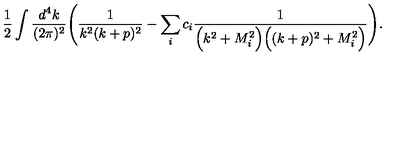
\frac { 1 } { 2 } \int \frac { d ^ { 4 } k } { ( 2 \pi ) ^ { 2 } } \Bigg ( \frac { 1 } { k ^ { 2 } ( k + p ) ^ { 2 } } - \sum _ { i } c _ { i } \frac { 1 } { \Big ( k ^ { 2 } + M _ { i } ^ { 2 } \Big ) \Big ( ( k + p ) ^ { 2 } + M _ { i } ^ { 2 } \Big ) } \Bigg ) .